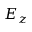
E _ { z }